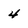
Character: 4